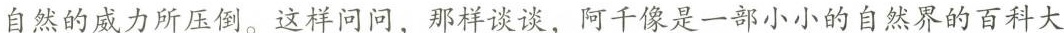
自然的威力所压倒。这样问问，那样谈谈，阿千真像是一部小小的自然界的百科大